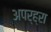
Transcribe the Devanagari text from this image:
अपर्ह्रा